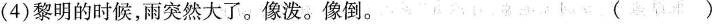
(4)黎明的时候，雨突然大了。像泼。像倒。( )